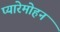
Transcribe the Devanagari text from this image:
प्यारेमोहन